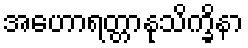
အဟောရတ္တာနုသိက္ခိနာ